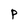
Character: P